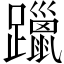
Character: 躐